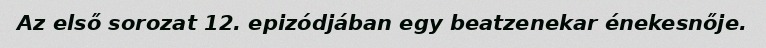
Az első sorozat 12. epizódjában egy beatzenekar énekesnője.